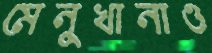
মেনুখানাও